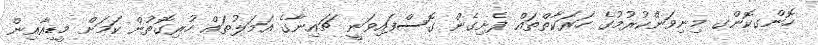
ހޮންގކޮންގ މިނިވަންކުރުމުގެ ހަރަކާތްތައް ފެށިގެން ގޮސްފައިވަނީ ޗައިނާގެ އަމަލުތައް ހުރިގޮތުން ކަމަށް މީޑިއާއިން